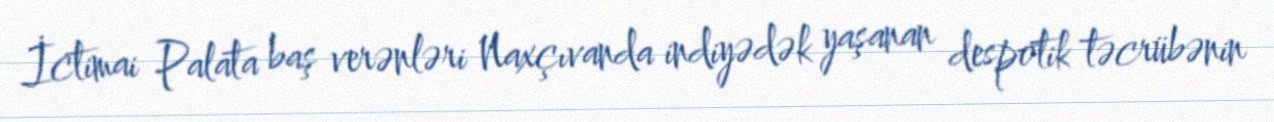
İctimai Palata baş verənləri Naxçıvanda indiyədək yaşanan despotik təcrübənin